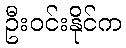
ဦးဝင်းနိုင်က